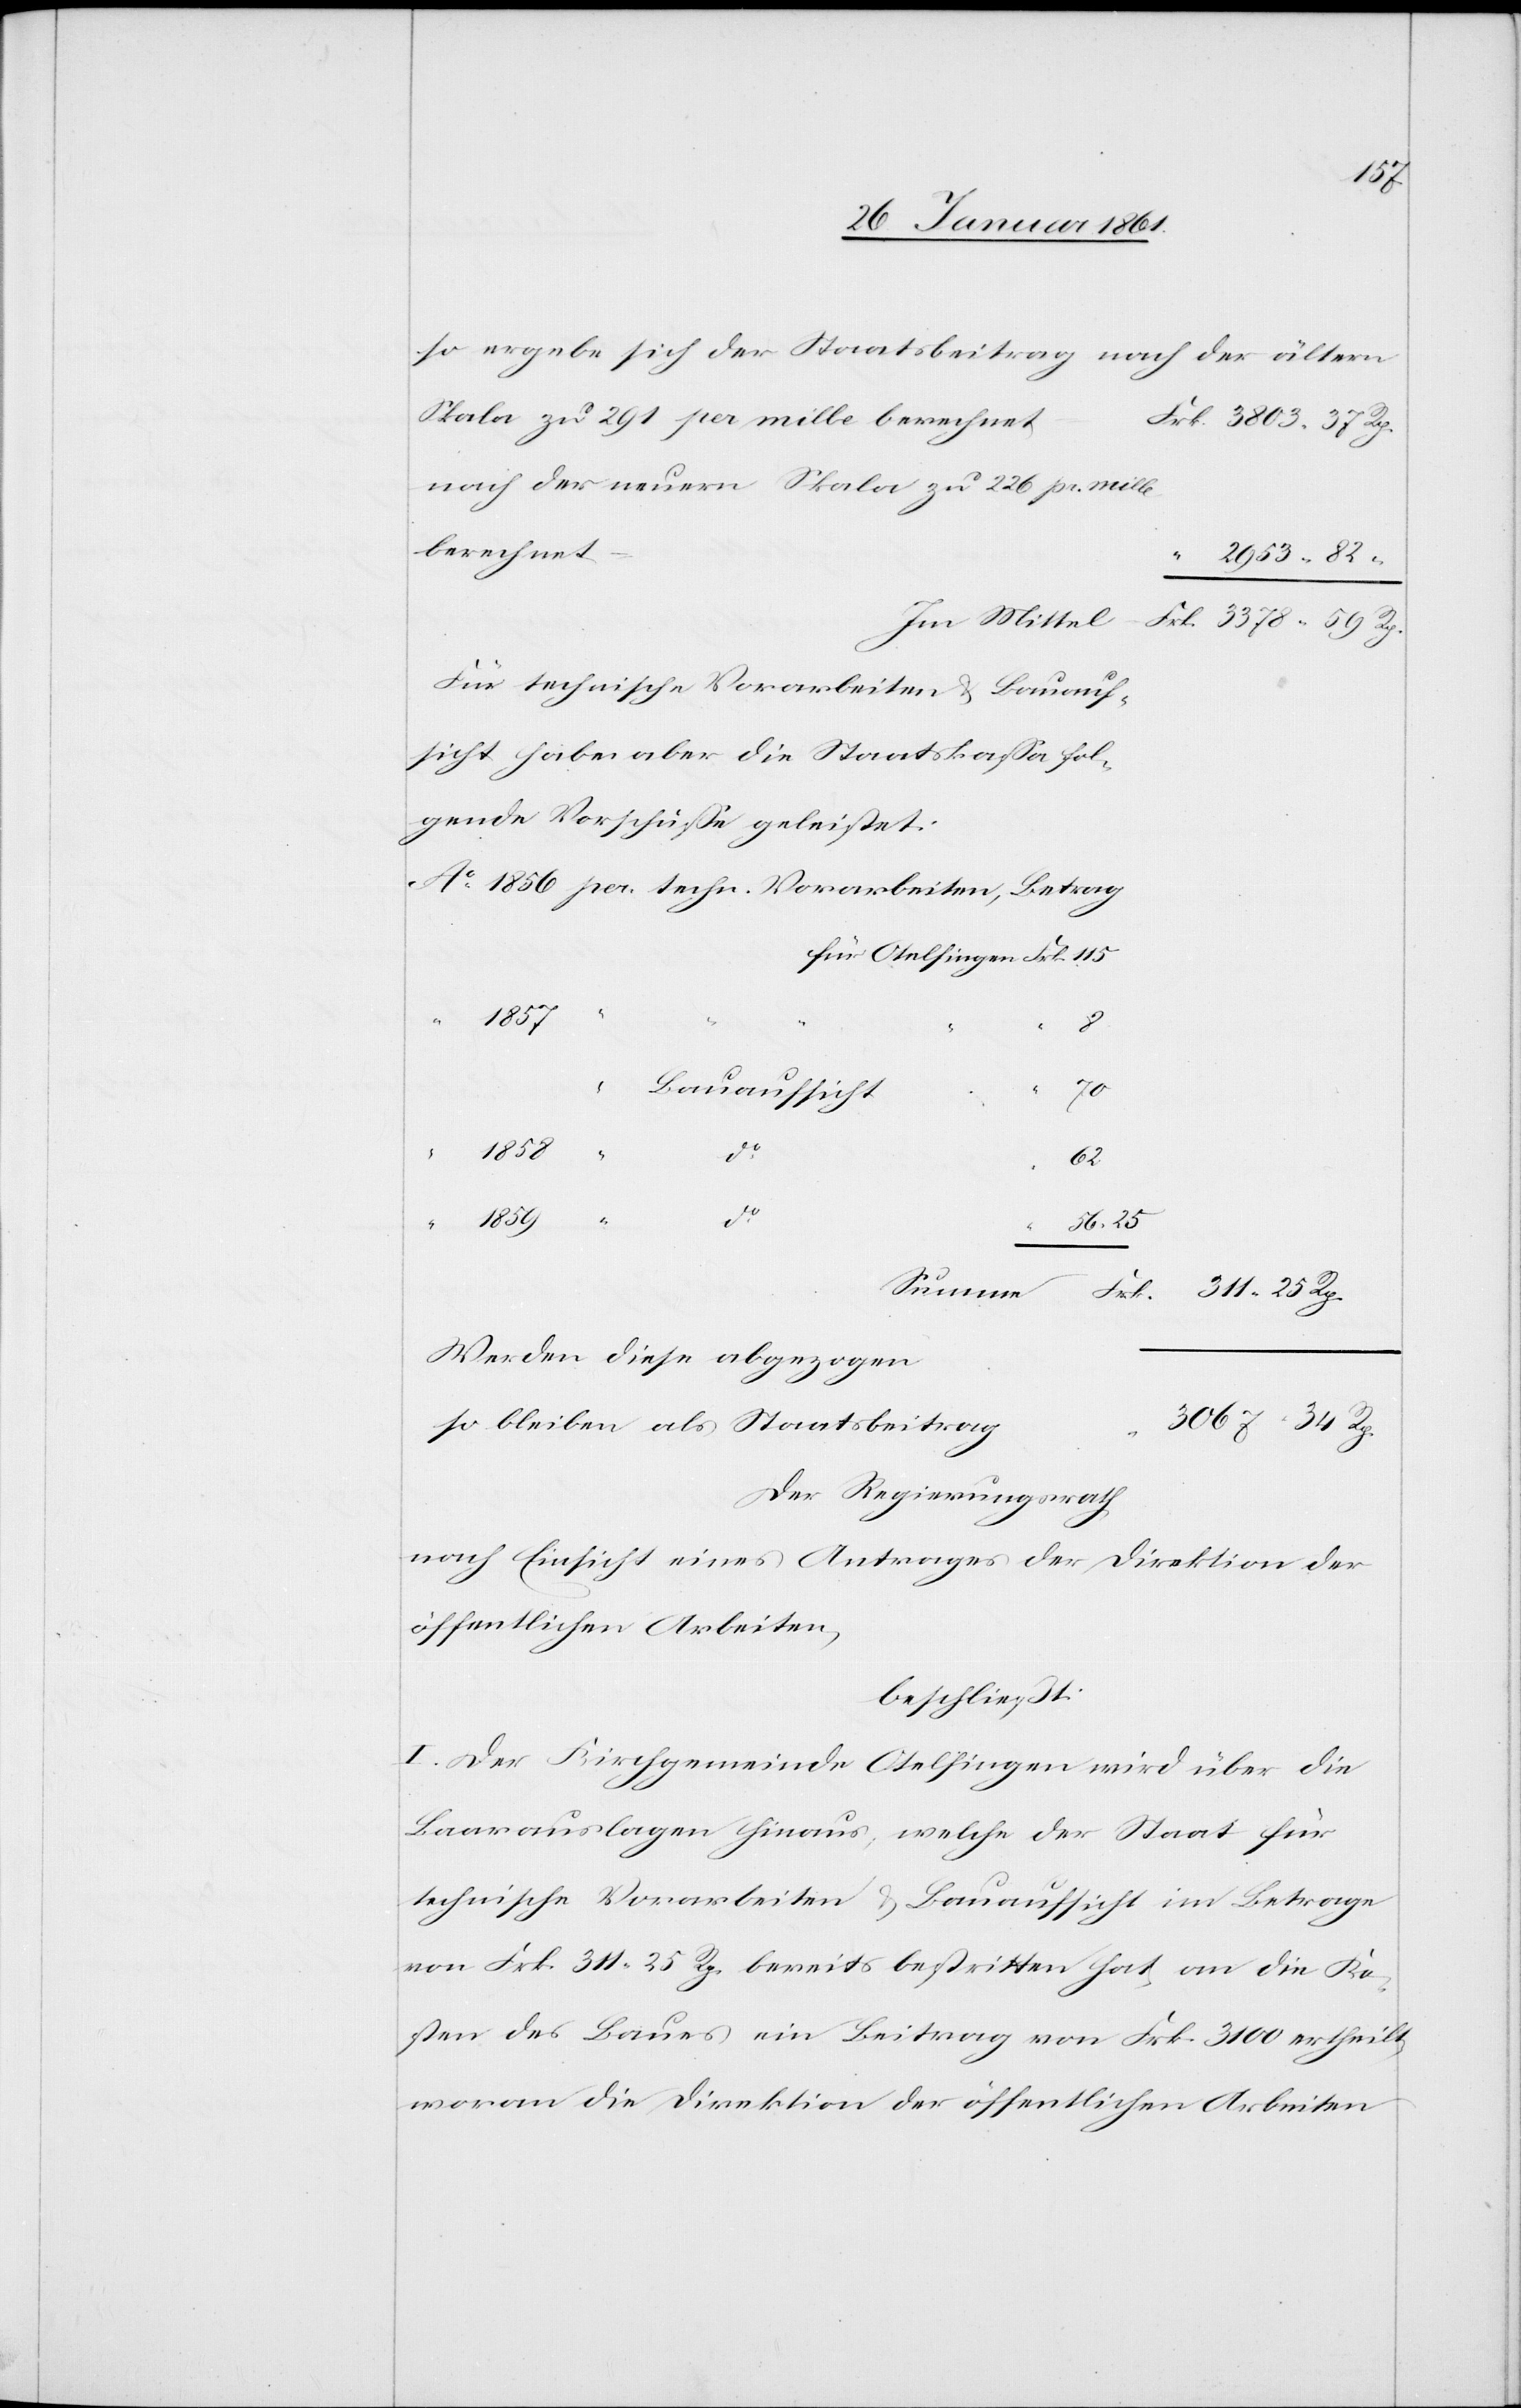
1857
Skala zu 291 per mille berechnet
nach der neuern Skala zu 226 pr. mille
berechnet
Im Mittel
Für technische Vorarbeiten u. Bauauf¬
sicht habe aber die Staatskassa fol¬
gende Vorschüsse geleistet:
1856
56
25.
3067
Bauaufsicht
70
59
62
34.
dto
“
Werden diese abgezogen
so bleiben als Staatsbeitrag
Der Regierungsrath
nach Einsicht eines Antrages der Direktion der
öffentlichen Arbeiten,
beschließt:
I. Der Kirchgemeinde Otelfingen wird über die
Baarauslagen hinaus, welche der Staat für
technische Vorarbeiten u. Bauaufsicht im Betrage
von Frk. 311 25 Rp. bereits bestritten hat, an die Ko¬
sten des Baues ein Betrag von Frk. 3100 ertheilt,
woran die Direktion der öffentlichen Arbeiten